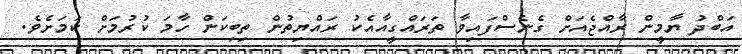
އަބްދު ޔާމީން ރާއްޖެއަށް ގެނެސްފައިވާ ތަރައްގީއާއެކު ރައްޔިތުން ތިބިކަން ހާމަ ކުރުމަށް ކަމަށެވެ.